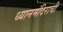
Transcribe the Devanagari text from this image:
ध्यानमंदिराची